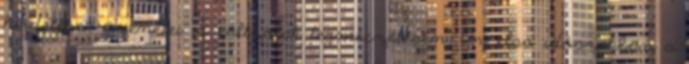
hirdetések üzenetei is váltzotak természetesen. Az első időszakban a